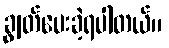
ချွတ်ပေးခဲ့ရပါတယ်။